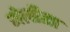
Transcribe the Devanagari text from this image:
मेलीसा